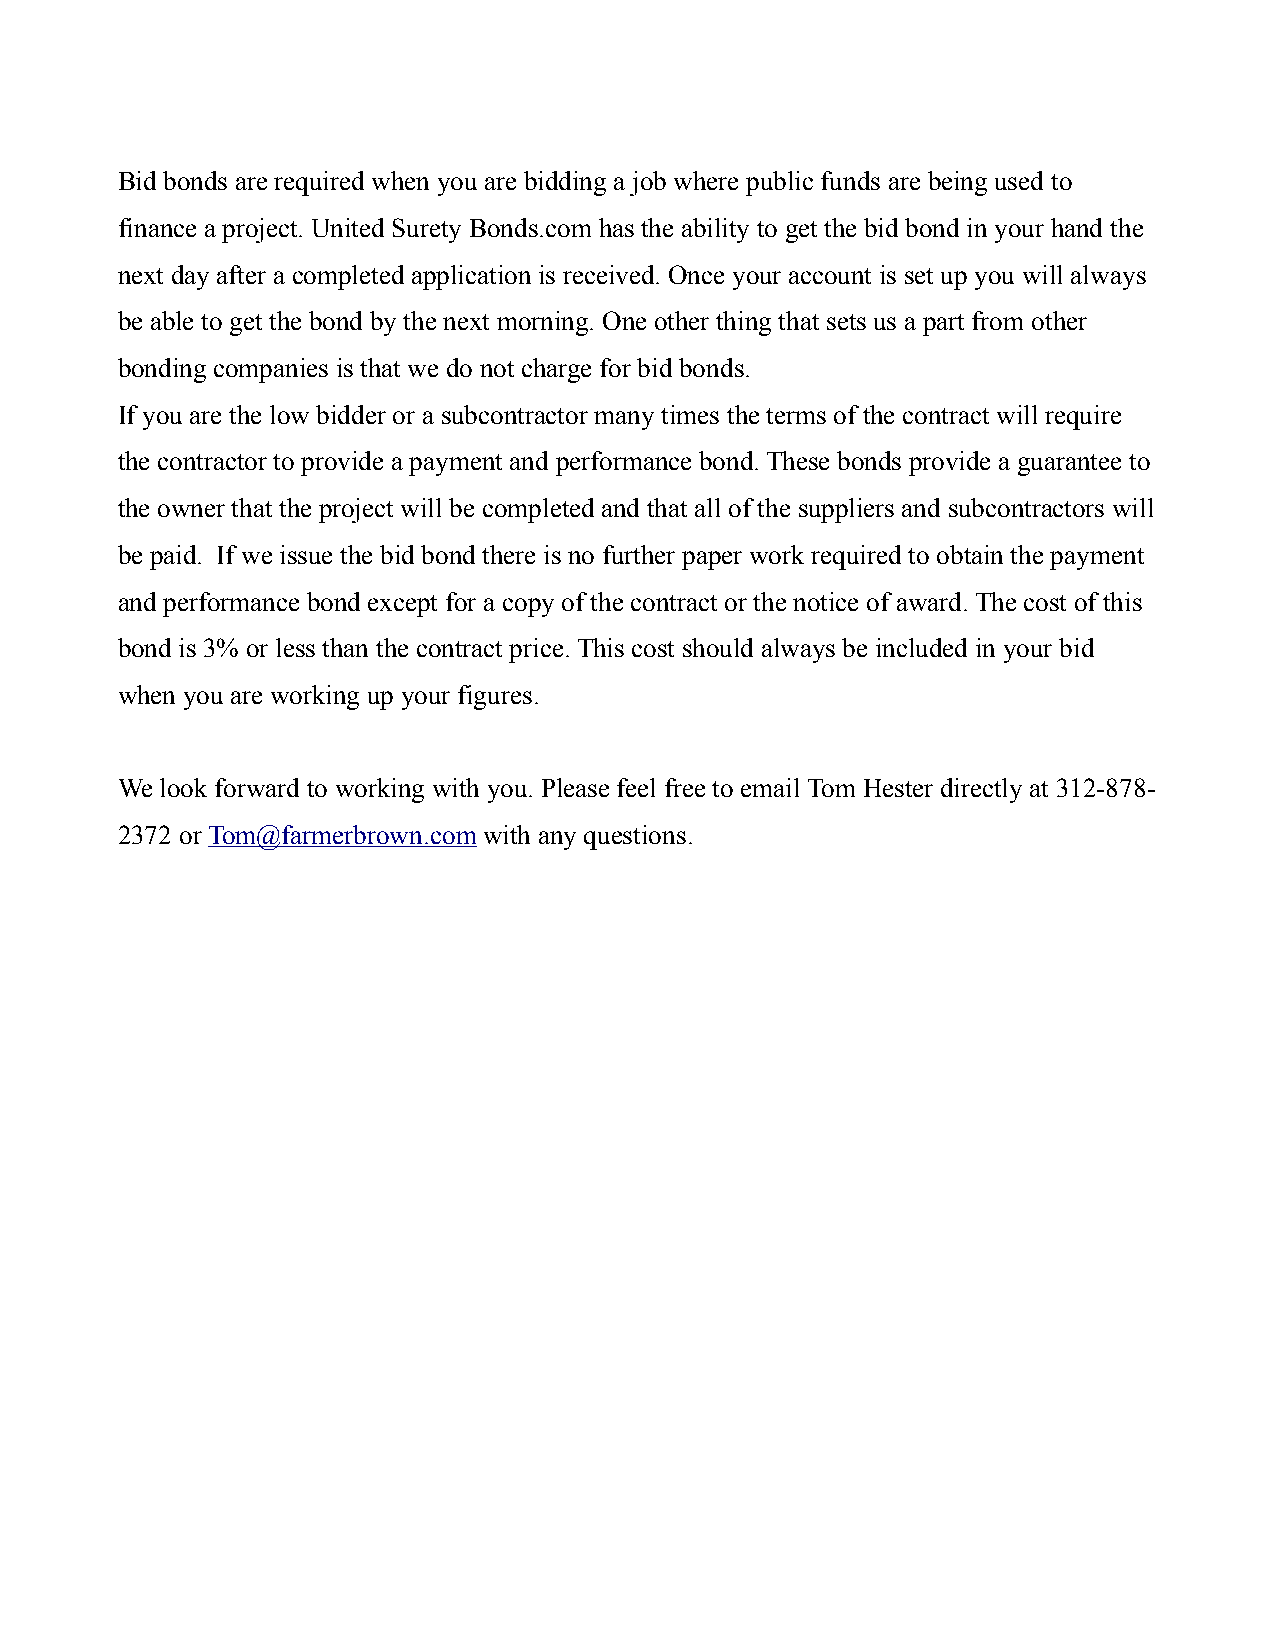
Bid bonds are required when you are bidding a job where public funds are being used to
 finance a project. United Surety Bonds.com has the ability to get the bid bond in your hand the
 next day after a completed application is received. Once your account is set up you will always
 be able to get the bond by the next morning. One other thing that sets us a part from other
 bonding companies is that we do not charge for bid bonds.
 If you are the low bidder or a subcontractor many times the terms of the contract will require
 the contractor to provide a payment and performance bond. These bonds provide a guarantee to
 the owner that the project will be completed and that all of the suppliers and subcontractors will
 be paid. If we issue the bid bond there is no further paper work required to obtain the payment
 and performance bond except for a copy of the contract or the notice of award. The cost of this
 bond is 3% or less than the contract price. This cost should always be included in your bid
 when you are working up your figures.
 We look forward to working with you. Please feel free to email Tom Hester directly at 312-878-
 2372 or Tom@farmerbrown.com with any questions.